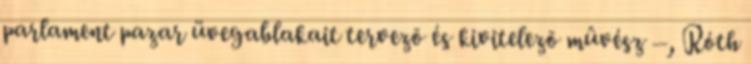
parlament pazar üvegablakait tervezõ és kivitelezõ mûvész –, Róth